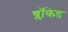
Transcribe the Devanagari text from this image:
ब्लॉकेड